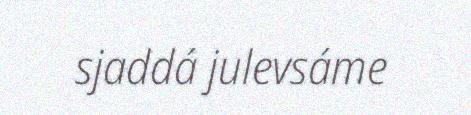
sjaddá julevsáme